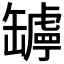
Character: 𦉛